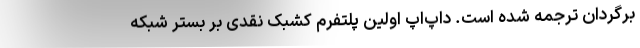
برگردان ترجمه شده است. داپ‌اَپ اولین پلتفرم‌ کشبک نقدی بر بستر شبکه